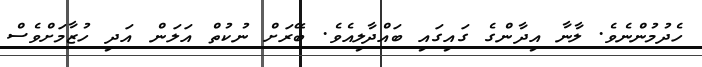
ހެދުމުންނެވެ. ލާނާ އިދާންގެ ގައިގައި ބައްދާލިއެވެ. ބޭރަށް ނުކުތް އަލަން އަދި ހުޒާމަށްވެސް